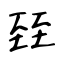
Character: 臸